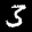
Label: 3